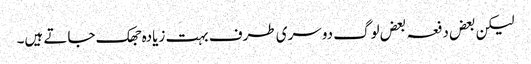
لیکن بعض دفعہ بعض لوگ دوسری طرف بہت زیادہ جھک جاتے ہیں۔